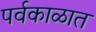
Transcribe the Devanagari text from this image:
पर्वकाळात